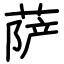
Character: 萨